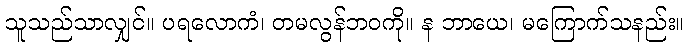
သူသည်သာလျှင်။ ပရလောကံ၊ တမလွန်ဘဝကို။ န ဘာယေ၊ မကြောက်သနည်း။